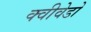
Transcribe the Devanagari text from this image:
क्वीवेडो